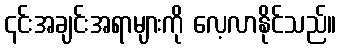
၎င်းအချင်းအရာများကို လေ့လာနိုင်သည်။